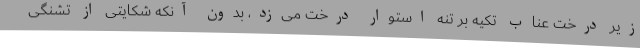
زیر درخت عناب تکیه بر تنه استوار درخت می‌زد، بدون آنکه شکایتی از تشنگی